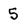
Character: 5